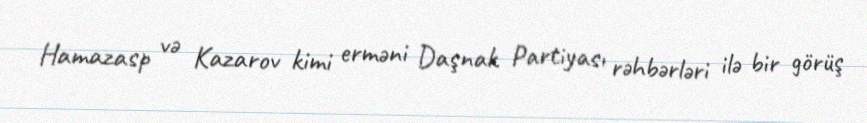
Hamazasp və Kazarov kimi erməni Daşnak Partiyası rəhbərləri ilə bir görüş